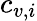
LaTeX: c_{v,i}